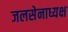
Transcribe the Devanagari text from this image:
जलसेनाध्यक्ष